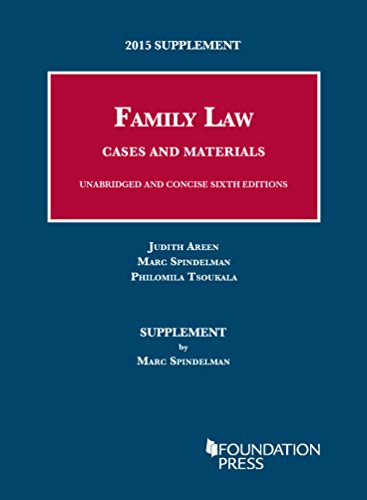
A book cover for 2015 Supplement to Family Law, Cases and Materials, Unabridged and Concise 6th Editions (University Casebook Series); Judith Areen; Law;